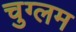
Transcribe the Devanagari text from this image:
चुग्लम